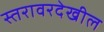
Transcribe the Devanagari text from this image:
स्तरावरदेखील